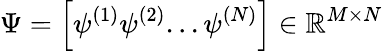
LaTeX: \Psi=\left[\psi^{(1)}\psi^{(2)}...\psi^{(N)}\right]\in\mathbb{R}^{M\times N}